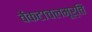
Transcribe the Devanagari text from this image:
वेंकटाचलमूर्ति